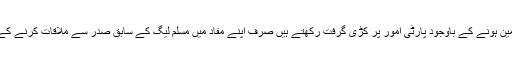
اس میں کوئی شک نہیں کہ آصف علی زرداری جو پارٹی کے شریک چیئرمین ہونے کے باوجود پارٹی امور پر کڑی گرفت رکھتے ہیں صرف اپنے مفاد میں مسلم لیگ کے سابق صدر سے ملاقات کرنے کے لیے بلاول کو ان کے پاس بھجوایا تھا کہ ’’آئندہ سیاسی راہیں کھل سکیں‘‘۔